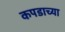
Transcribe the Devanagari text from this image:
कपडाच्या